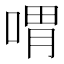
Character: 喟